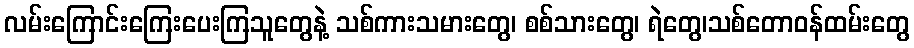
လမ်းကြောင်းကြေးပေးကြသူတွေနဲ့ သစ်ကားသမားတွေ၊ စစ်သားတွေ၊ ရဲတွေ၊သစ်တောဝန်ထမ်းတွေ